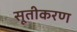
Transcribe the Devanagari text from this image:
सूतीकरण